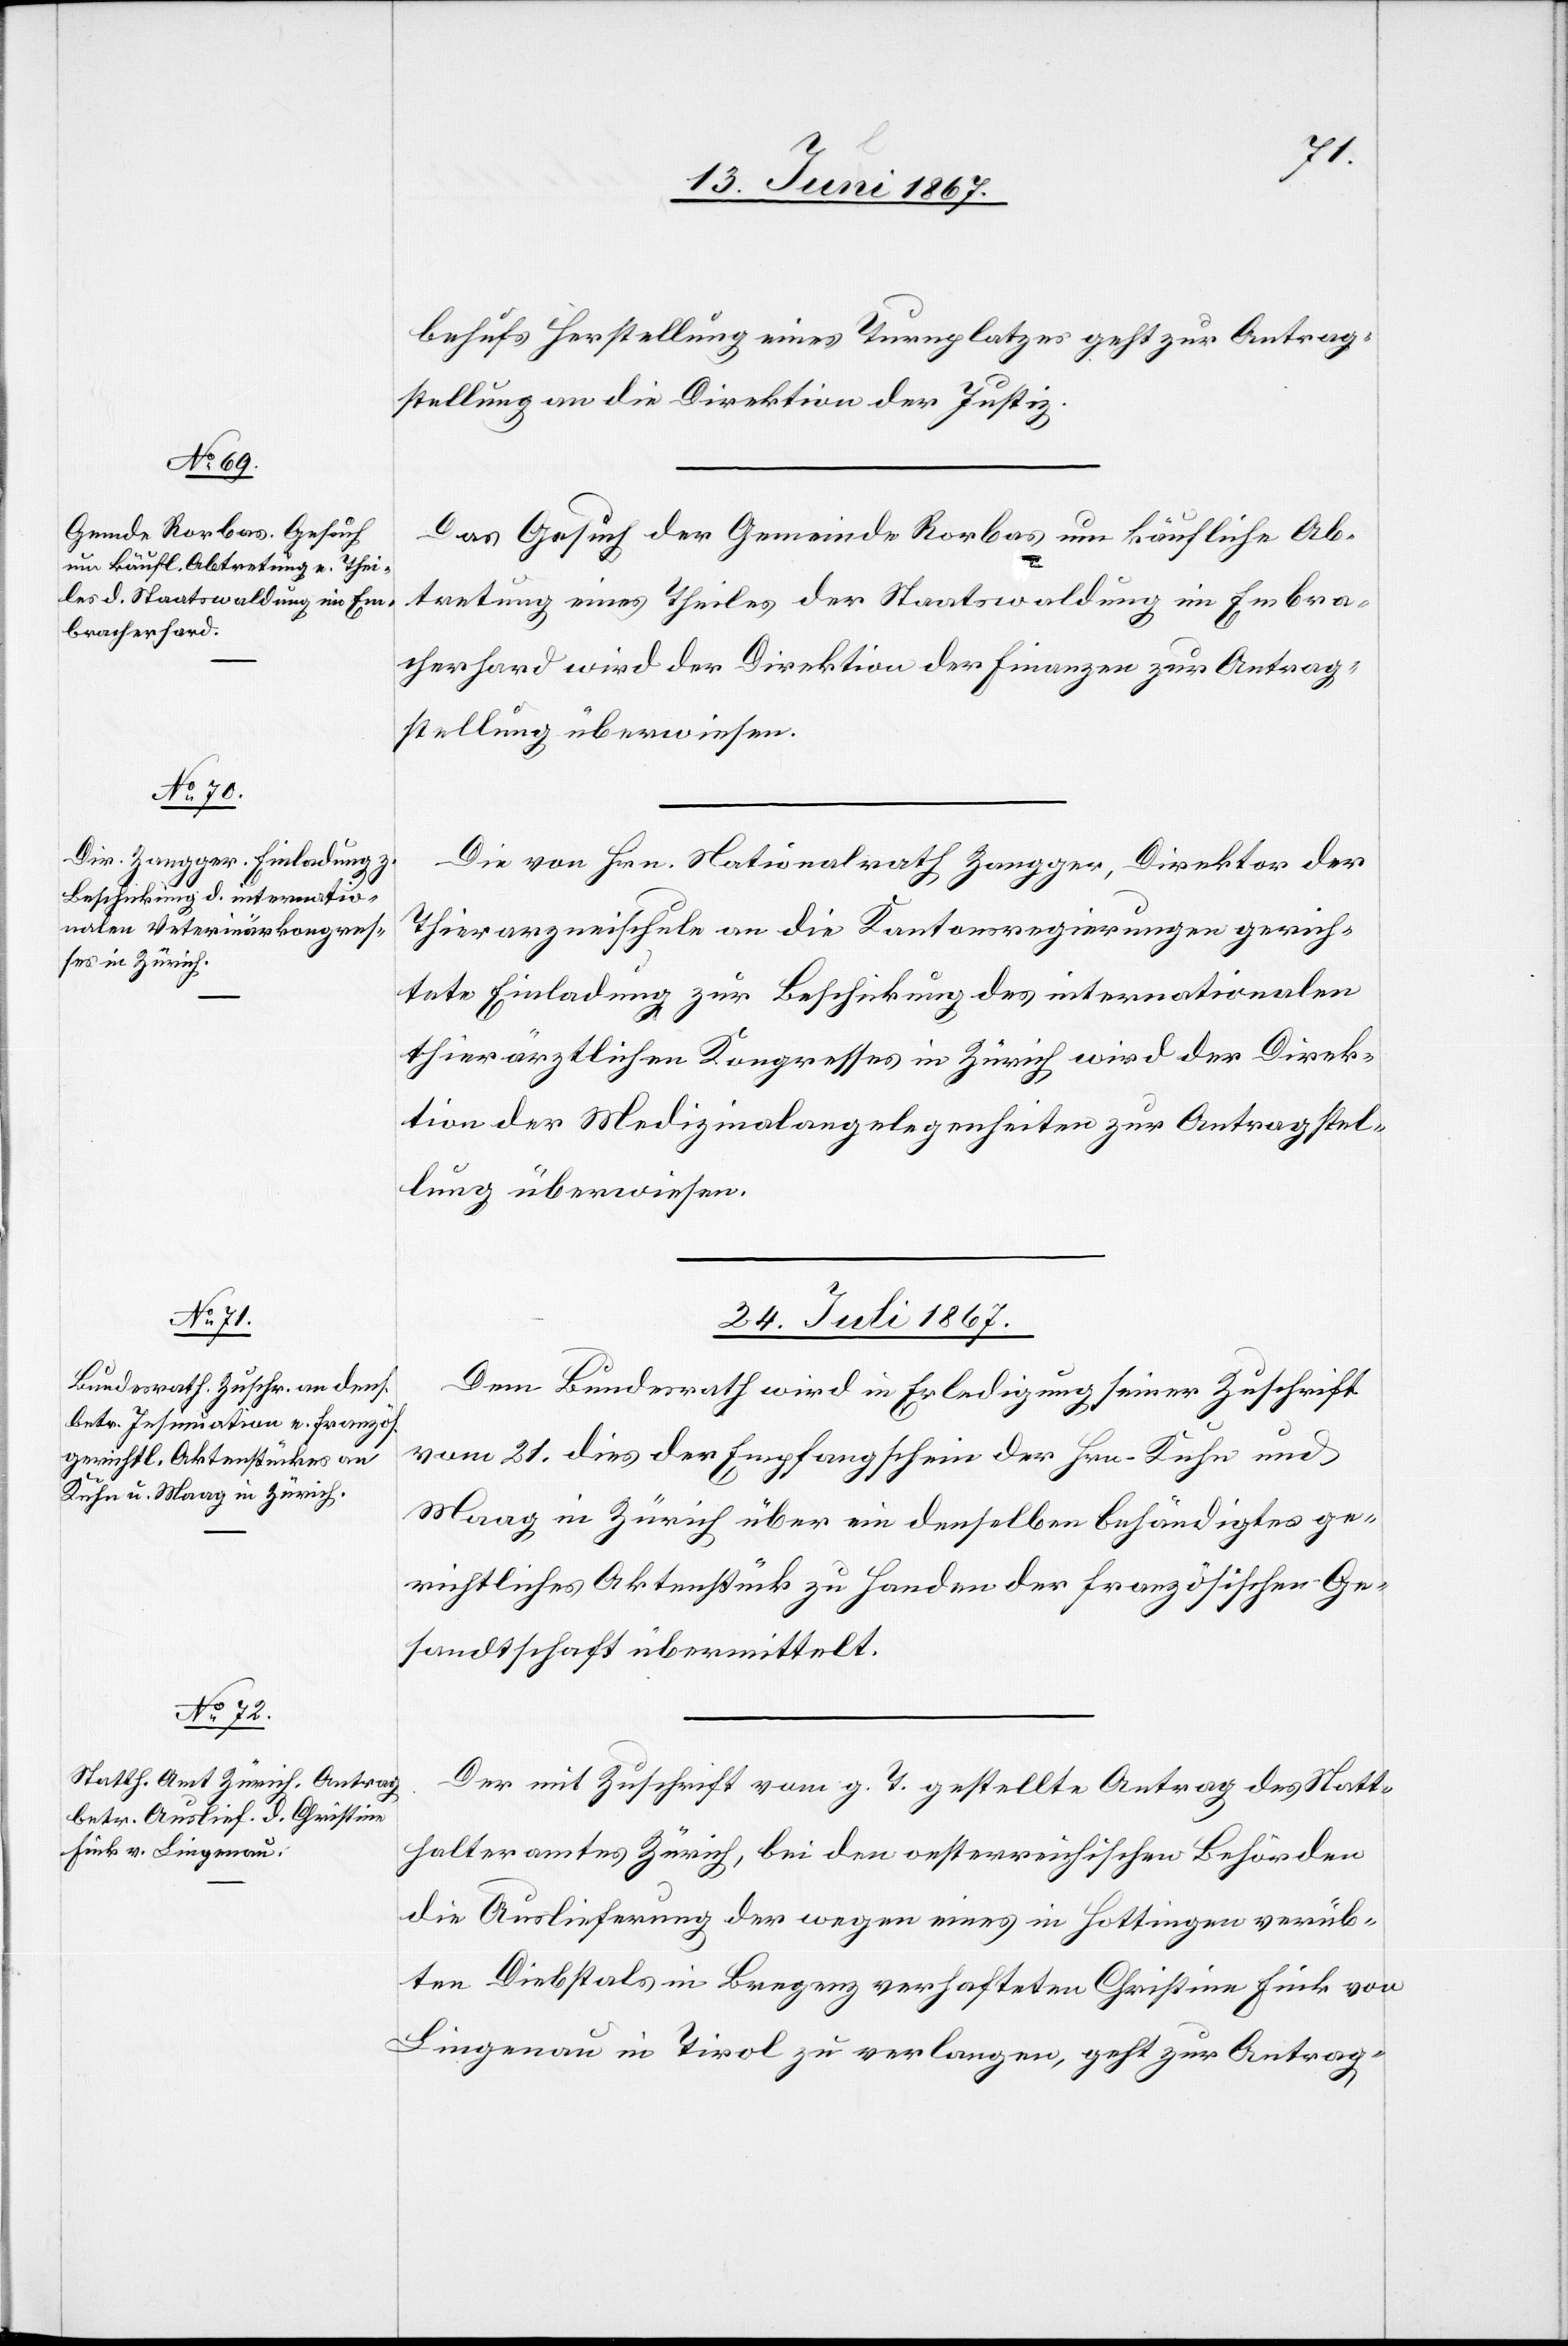
behufs Herstellung eines Turnplatzes geht zur Antrag¬
stellung an die Direktion der Justiz.
Das Gesuch der Gemeinde Rorbas um käufliche Ab¬
tretung eines Theiles der Staatswaldung im Embra¬
cherhard wird der Direktion der Finanzen zur Antrag¬
stellung überlassen.
Die von Hrn. Nationalrath Zangger, Direktor der
Thierarzneischule an die Kantonsregierungen gerich¬
tete Einladung zur Beschickung des internationalen
thierärztlichen Kongresses in Zürich wird der Direk¬
tion der Medizinalangelegenheiten zur Antragstel¬
lung überwiesen.
24. Juli 1867.]
Dem Bundesrathe wird in Erledigung seiner Zuschrift
vom 21. dies der Empfangschein der Hrn. Kuhn und
Maag in Zürich über ein denselben behändigtes ge¬
richtliches Aktenstück zu Handen der französischen Ge¬
sandtschaft übermittelt.
Der mit Zuschrift vom g. T. gestellte Antrag des Statt¬
halteramtes Zürich, bei den oesterreichischen Behörden
die Auslieferung der wegen eines in Hottingen verüb¬
ten Diebstals in Bregenz verhafteten Christine Fink von
Lingenau in Tirol zu verlangen, geht zur Antrag-